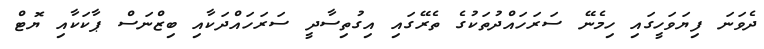
ދެވަނަ ފިޔަވަހީގައި ހިމެނޭ ސަރަހައްދުތަކުގެ ތެރޭގައި އިގުތިސާދީ ސަރަހައްދަކާއި ބިޒްނަސް ޕާކަކާއި ޔޮޓް